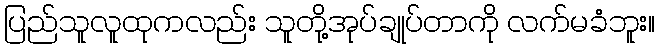
ပြည်သူလူထုကလည်း သူတို့အုပ်ချုပ်တာကို လက်မခံဘူး။